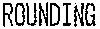
ROUNDING